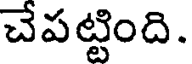
చేపట్టింది.